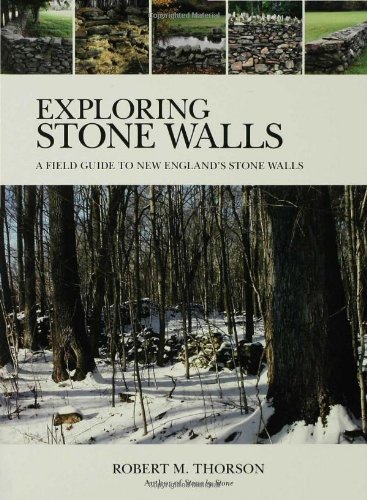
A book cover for Exploring Stone Walls: A Field Guide to New England's Stone Walls; Robert M. Thorson; Science & Math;